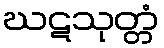
ဃဋသုတ္တံ